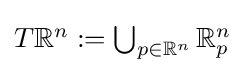
{\textstyle T\mathbb {R} ^{n}:=\bigcup _{p\in \mathbb {R} ^{n}}\mathbb {R} _{p}^{n}}